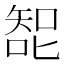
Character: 𰈗